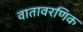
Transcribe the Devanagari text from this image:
वातावरणिक